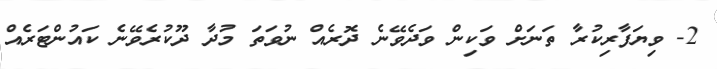
2- ވިޔަފާރިކުރާ ތަނަށް ވަކިން ވަދެވޭނެ ދޮރެއް ނުވަތަ މުދާ ދޫކުރެވޭނެ ކައުންޓަރެއް